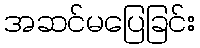
အဆင်မပြေခြင်း